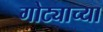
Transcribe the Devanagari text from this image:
गोट्याच्या